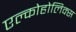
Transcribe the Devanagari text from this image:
एल्कोहोलिक्स